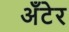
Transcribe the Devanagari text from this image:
अँटेर